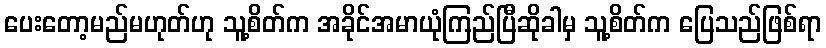
ပေးတော့မည်မဟုတ်ဟု သူ့စိတ်က အခိုင်အမာယုံကြည်ပြီဆိုခါမှ သူ့စိတ်က ပြေသည်ဖြစ်ရာ